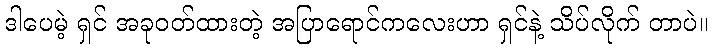
ဒါပေမဲ့ ရှင် အခုဝတ်ထားတဲ့ အပြာရောင်ကလေးဟာ ရှင်နဲ့ သိပ်လိုက် တာပဲ။